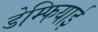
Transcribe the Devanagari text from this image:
डेम्फियाई